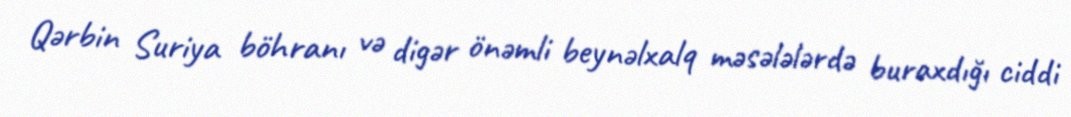
Qərbin Suriya böhranı və digər önəmli beynəlxalq məsələlərdə buraxdığı ciddi